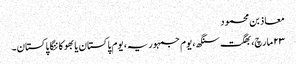
معاذ بن محمود
۲۳ مارچ، بھگت سنگھ، یوم جمہوریہ، یوم پاکستان یا بھوکا ننگا پاکستان۔